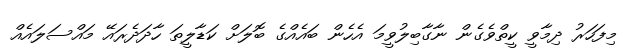
މިފަހަރު ދިމާވީ ކީތްވެގެން ނާގާބިލުވީމަ އެހެން ބައެއްގެ ބޮލަށް ކަޑާލީތަ ހާދަދެރައޭ މައްސަލައެއް